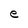
Character: e